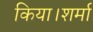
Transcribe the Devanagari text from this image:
किया।शर्मा